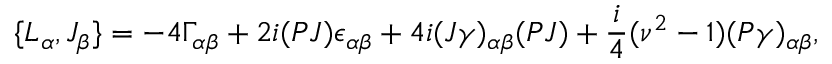
\{ { \cal L } _ { \alpha } , { \cal J } _ { \beta } \} = - 4 \Gamma _ { \alpha \beta } + 2 i ( P J ) \epsilon _ { \alpha \beta } + 4 i ( J \gamma ) _ { \alpha \beta } ( P J ) + \frac { i } { 4 } ( \nu ^ { 2 } - 1 ) ( P \gamma ) _ { \alpha \beta } ,